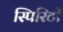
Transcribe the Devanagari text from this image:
स्पिरिटों